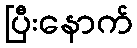
ပြီးနောက်